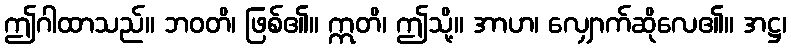
ဤဂါထာသည်။ ဘဝတိ၊ ဖြစ်၏။ ဣတိ၊ ဤသို့။ အာဟ၊ လျှောက်ဆိုလေ၏။ အဋ္ဌ၊